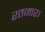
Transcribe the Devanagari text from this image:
रतनार।